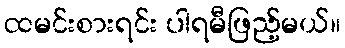
ထမင်းစားရင်း ပါရမီဖြည့်မယ်။